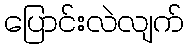
ပြောင်းလဲလျက်